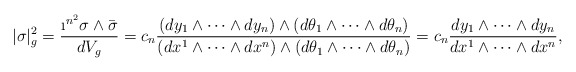
\begin{align*}|\sigma|^2_g=\frac{\i^{n^2}\sigma\wedge \bar{\sigma}}{dV_g}=c_n \frac{(dy_1\wedge\dots \wedge dy_n)\wedge (d\theta_1\wedge\dots \wedge d\theta_n)}{(dx^1\wedge\dots \wedge dx^n)\wedge (d\theta_1\wedge\dots \wedge d\theta_n)}=c_n\frac{dy_1\wedge\dots \wedge dy_n}{dx^1\wedge\dots \wedge dx^n},\end{align*}